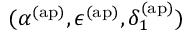
( \alpha ^ { \mathrm { ( a p ) } } , \epsilon ^ { \mathrm { ( a p ) } } , \delta _ { 1 } ^ { \mathrm { ( a p ) } } )